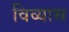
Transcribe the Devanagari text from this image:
विव्यास